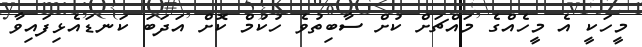
މީހަކީ އެ މީހެއްގެ މައްޗަށް ކުށް ސާބިތުވެ ހުކުމް ކޮށް އަދަބަ ކަނޑައެޅިފައިވާ